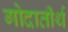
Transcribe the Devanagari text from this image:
गोदातीर्थ